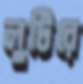
লুটিরে